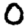
Digit: 0